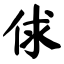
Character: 俅